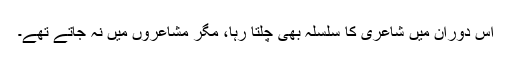
اس دوران میں شاعری کا سلسلہ بھی چلتا رہا، مگر مشاعروں میں نہ جاتے تھے۔